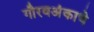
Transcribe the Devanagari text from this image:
गौरवअंकाचे